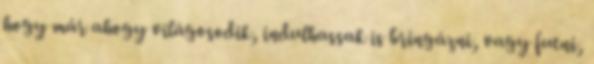
hogy már ahogy világosodik, indulhassak is bringázni, vagy futni,